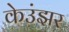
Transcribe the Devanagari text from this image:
केउंझर